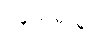
ဝန်ထမ်းမှ